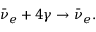
\bar { \nu } _ { e } + 4 \gamma \rightarrow \bar { \nu } _ { e } .